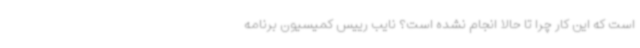
است که این کار چرا تا حالا انجام نشده است؟ نایب رییس کمیسیون برنامه